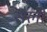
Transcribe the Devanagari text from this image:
सैल़ी